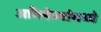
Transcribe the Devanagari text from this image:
अभिनेत्र्यांमध्ये